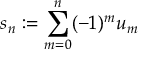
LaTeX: s _ { n } : = \sum _ { m = 0 } ^ { n } ( - 1 ) ^ { m } u _ { m }